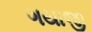
ગયાજી